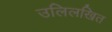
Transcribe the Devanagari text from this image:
उलिलखित